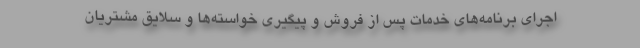
اجراي برنامه‌هاي خدمات پس از فروش و پيگيري خواسته‌ها و سلايق مشتريان